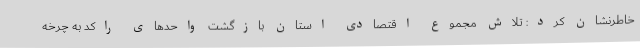
خاطرنشان کرد: تلاش مجموع اقتصادی استان بازگشت واحدهای راکد به چرخه